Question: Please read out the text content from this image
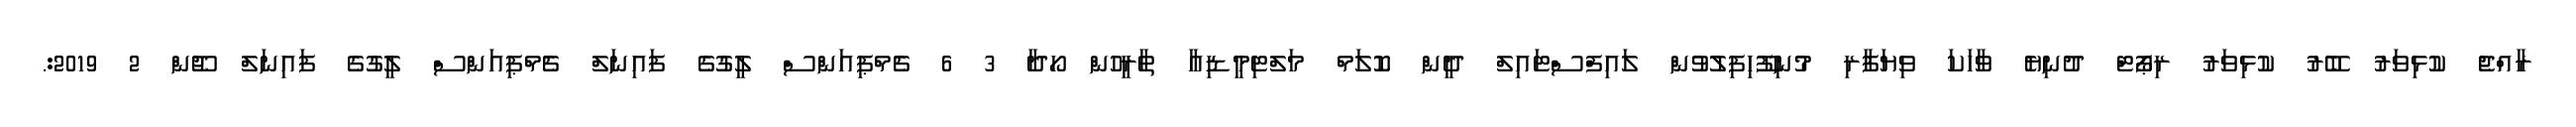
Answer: ރާއްޖެ ކުޅިވަރު ބޭރު ކުޅިވަރު ރިޕޯޓް ދުނިޔެ ވާހަކަ ވިޔަފާރި މުނިފޫހިފިލުވުން ލައިފްސްޓައިލް ދީން ކޮލަމް މަލްޓިމީޑިއާ ތާރީހުން ހޯދާ 3 6 ޗެމްޕިއަންސް ލީގުގެ ފައިނަލް ޗެމްޕިއަންސް ލީގުގެ ފައިނަލް ޖޫން 2 2019:.